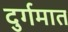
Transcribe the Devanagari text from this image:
दुर्गमात